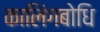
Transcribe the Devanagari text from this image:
कालिंगबोधि